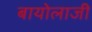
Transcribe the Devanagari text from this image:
बायोलाजी